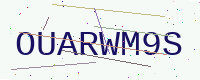
Text: OUARWM9S